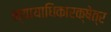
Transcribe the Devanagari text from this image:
न्यायाधिकारक्षेत्र